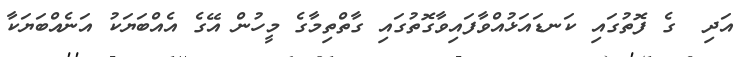
އަދި  ގެ ފޮތުގައި ކަނޑައަޅުއްވާފައިވާގޮތުގައި ގާތްތިމާގެ މީހުން އޭގެ އެއްބަޔަކު އަނެއްބަޔަކާ